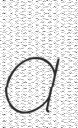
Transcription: a